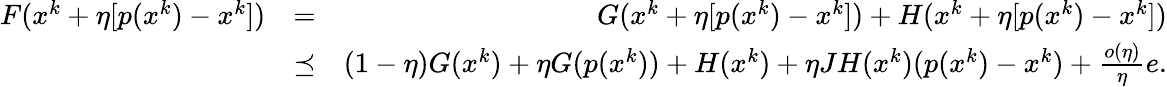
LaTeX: \begin{array}{rlr}{F(x^{k}+\eta[p(x^{k})-x^{k}])}&{=}&{G(x^{k}+\eta[p(x^{k})-x^{k}])+H(x^{k}+\eta[p(x^{k})-x^{k}])}\\ &{\preceq}&{(1-\eta)G(x^{k})+\eta G(p(x^{k}))+H(x^{k})+\eta JH(x^{k})(p(x^{k})-x^{k})+\frac{o(\eta)}{\eta}e.}\end{array}